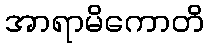
အာရာမိကောတိ